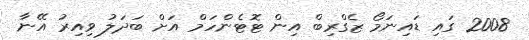
2008 ގައި ޑައިނަމޯ ޒެގްރިބް އިން ޓޮޓެންހަމް އަށް ބަދަލު ވިއިރު އޭނާ